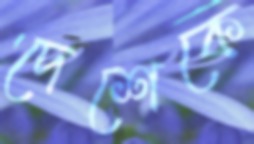
দেশেকে